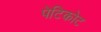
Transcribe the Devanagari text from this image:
पेटिकोट